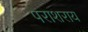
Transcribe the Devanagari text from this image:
पराशराय